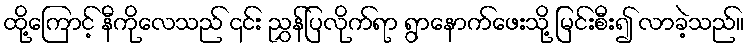
ထို့ကြောင့် နီကိုလေသည် ၎င်း ညွှန်ပြလိုက်ရာ ရွာနောက်ဖေးသို့ မြင်းစီး၍ လာခဲ့သည်။